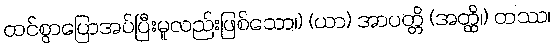
ထင်စွာပြောအပ်ပြီးမူလည်းဖြစ်သော၊) (ယာ) အာပတ္တိ (အတ္ထိ၊) တဿ၊